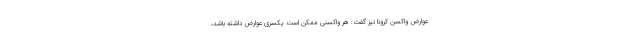
عوارض واکسن کرونا نیز گفت: هر واکسنی ممکن است یکسری عوارض داشته باشد،